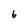
Character: 6